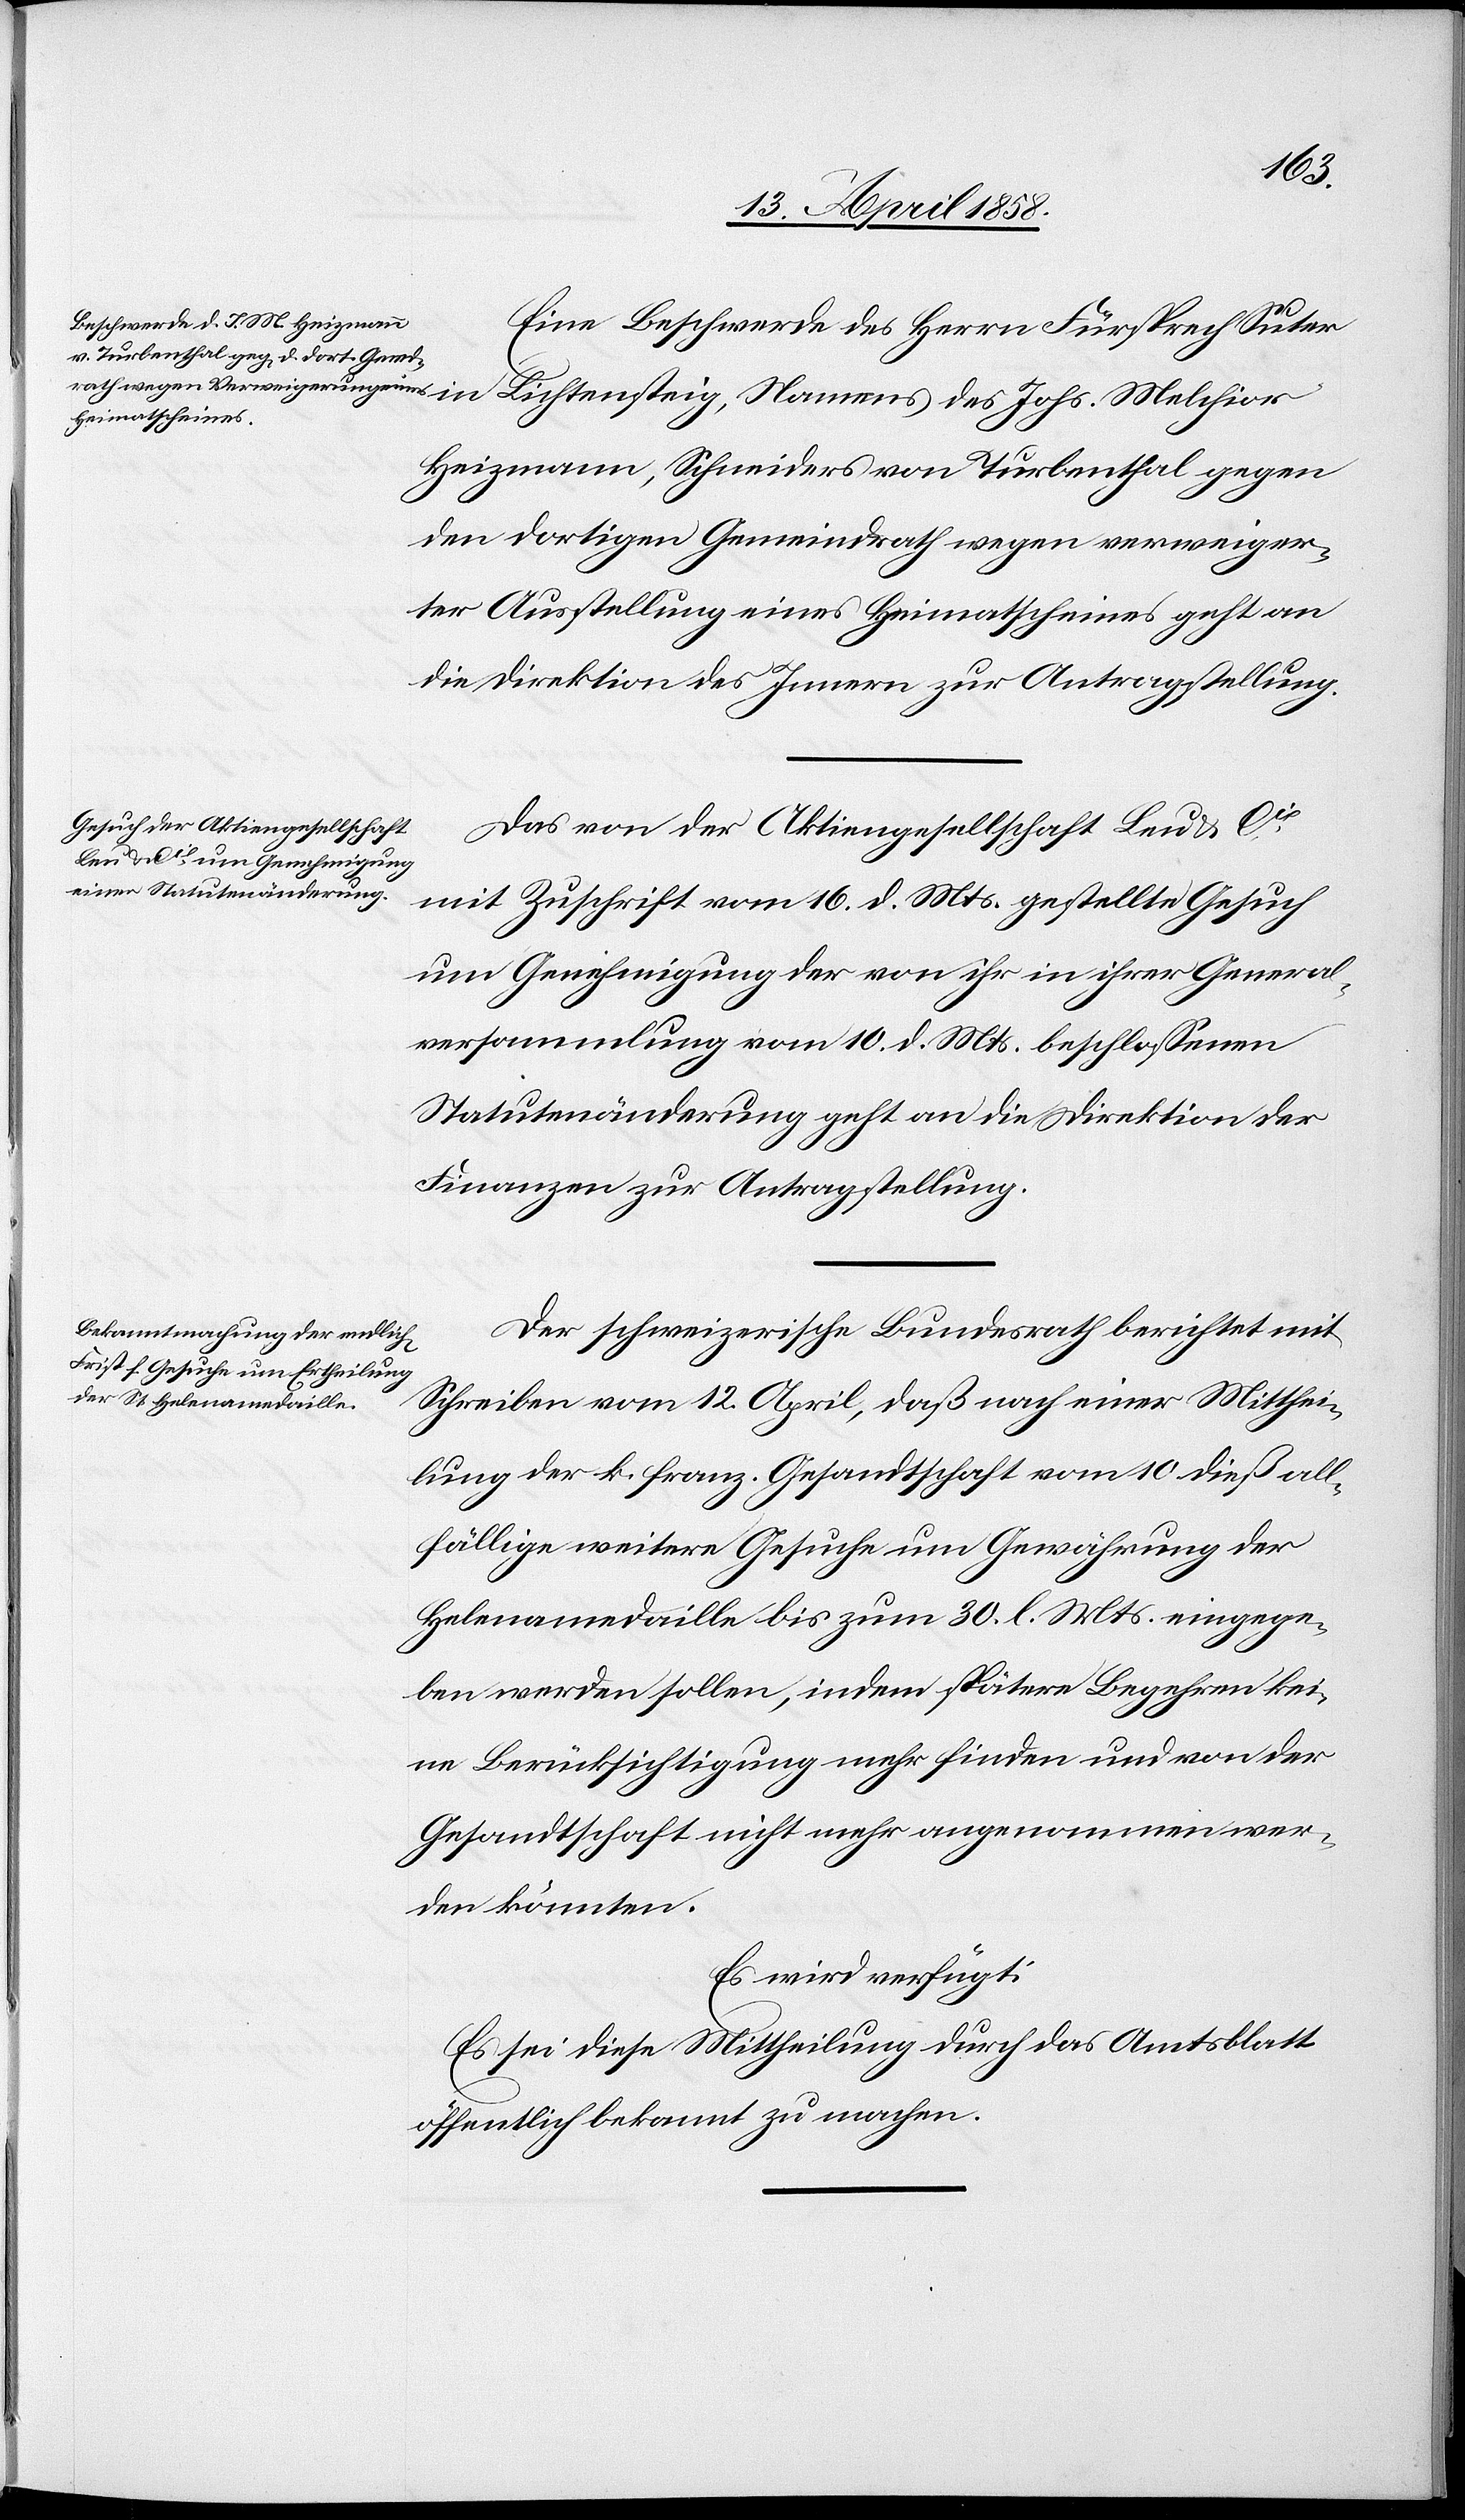
den
16. April 1858.]
Eine Beschwerde des Herrn Fürsprech Suter
Heizmann, Schneiders von Turbenthal gegen
den dortigen Gemeindrath wegen verweiger¬
ter Ausstellung eines Heimatscheines geht an
die Direktion des Innern zur Antragstellung.
Das von der Aktiengesellschaft Leu & Cie
mit Zuschrift vom 16. d. Mts. gestellte Gesuch
um Genehmigung der von ihr in ihrer General¬
versammlung vom 10. d. Mts. beschlossenen
Statutenänderung geht an die Direktion der
Finanzen zur Antragstellung.
Der schweizerische Bundesrath berichtet mit
in Lichtensteig, Namens
Schreiben vom 12. April, daß nach einer Mitthei¬
lung der k. franz. Gesandtschaft vom 10. dieß all¬
fällige weitere Gesuche um Gewährung der
Helenamedaille bis zum 30. l. Mts. eingege¬
ben werden sollen, indem spätere Begehren kei¬
ne Berücksichtigung mehr finden und von der
Gesandtschaft nicht mehr angenommen wer¬
den könnten.
Es wird verfügt:
Es sei diese Mittheilung durch das Amtsblatt